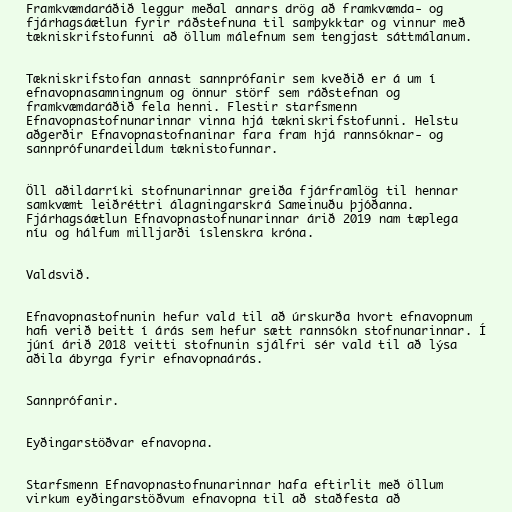
Framkvæmdaráðið leggur meðal annars drög að framkvæmda- og
fjárhagsáætlun fyrir ráðstefnuna til samþykktar og vinnur með
tækniskrifstofunni að öllum málefnum sem tengjast sáttmálanum.

Tækniskrifstofan annast sannprófanir sem kveðið er á um í
efnavopnasamningnum og önnur störf sem ráðstefnan og
framkvæmdaráðið fela henni. Flestir starfsmenn
Efnavopnastofnunarinnar vinna hjá tækniskrifstofunni. Helstu
aðgerðir Efnavopnastofnaninar fara fram hjá rannsóknar- og
sannprófunardeildum tæknistofunnar.

Öll aðildarríki stofnunarinnar greiða fjárframlög til hennar
samkvæmt leiðréttri álagningarskrá Sameinuðu þjóðanna.
Fjárhagsáætlun Efnavopnastofnunarinnar árið 2019 nam tæplega
níu og hálfum milljarði íslenskra króna.

Valdsvið.

Efnavopnastofnunin hefur vald til að úrskurða hvort efnavopnum
hafi verið beitt í árás sem hefur sætt rannsókn stofnunarinnar. Í
júní árið 2018 veitti stofnunin sjálfri sér vald til að lýsa
aðila ábyrga fyrir efnavopnaárás.

Sannprófanir.

Eyðingarstöðvar efnavopna.

Starfsmenn Efnavopnastofnunarinnar hafa eftirlit með öllum
virkum eyðingarstöðvum efnavopna til að staðfesta að